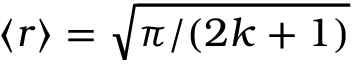
\left\langle r \right\rangle = \sqrt { \pi / ( 2 k + 1 ) }